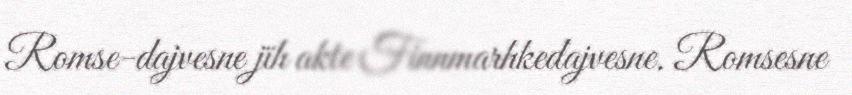
Romse-dajvesne jïh akte Finnmarhkedajvesne. Romsesne